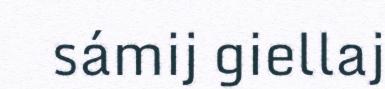
sámij giellaj